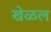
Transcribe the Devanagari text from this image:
खेळल